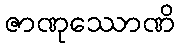
ဇာဏုဿောဏိ